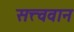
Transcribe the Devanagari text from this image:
सत्त्ववान